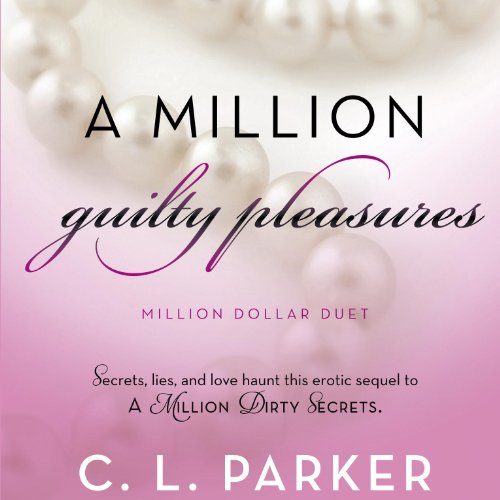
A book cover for A Million Guilty Pleasures: Million Dollar Duet, Book 2; C. L. Parker; Literature & Fiction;